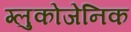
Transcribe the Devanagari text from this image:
ग्लुकोजेनिक